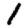
Digit: 1